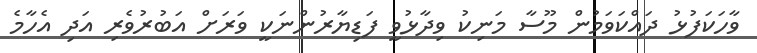
ވާހަކަފުޅު ދައްކަވަމުން މޫސާ މަނިކު ވިދާޅުވީ ފަޑިޔާރުންނަކީ ވަރަށް އަބުރުވެރި އަދި އެހާމެ